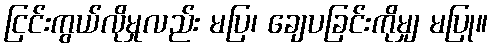
ငြင်းကွယ်လိုမှုလည်း မပြ၊ ချေပခြင်းကိုမျှ မပြု။